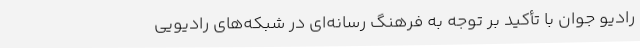
رادیو جوان با تأکید بر توجه به فرهنگ رسانه‌ای در شبکه‌های رادیویی